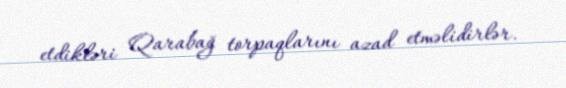
etdikləri Qarabağ torpaqlarını azad etməlidirlər.